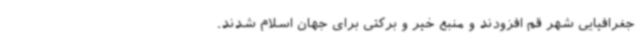
جغرافیایی شهر قم افزودند و منبع خیر و برکتی برای جهان اسلام شدند.